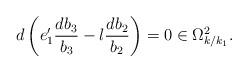
LaTeX: \begin{align*} d \left( e_1' \frac{db_3}{b_3}-l \frac{db_2}{b_2} \right)=0 \in \Omega^2_{k/k_1}.\end{align*}